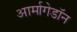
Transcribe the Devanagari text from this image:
आर्मागेडॉन